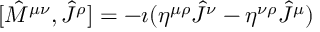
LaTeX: [ { \hat { M } } ^ { \mu \nu } , { \hat { J } } ^ { \rho } ] = - \imath ( \eta ^ { \mu \rho } { \hat { J } } ^ { \nu } - \eta ^ { \nu \rho } { \hat { J } } ^ { \mu } )